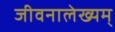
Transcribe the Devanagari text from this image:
जीवनालेख्यम्